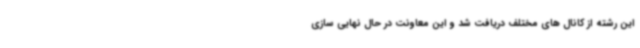
این رشته از کانال های مختلف دریافت شد و این معاونت در حال نهایی سازی